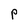
Character: P